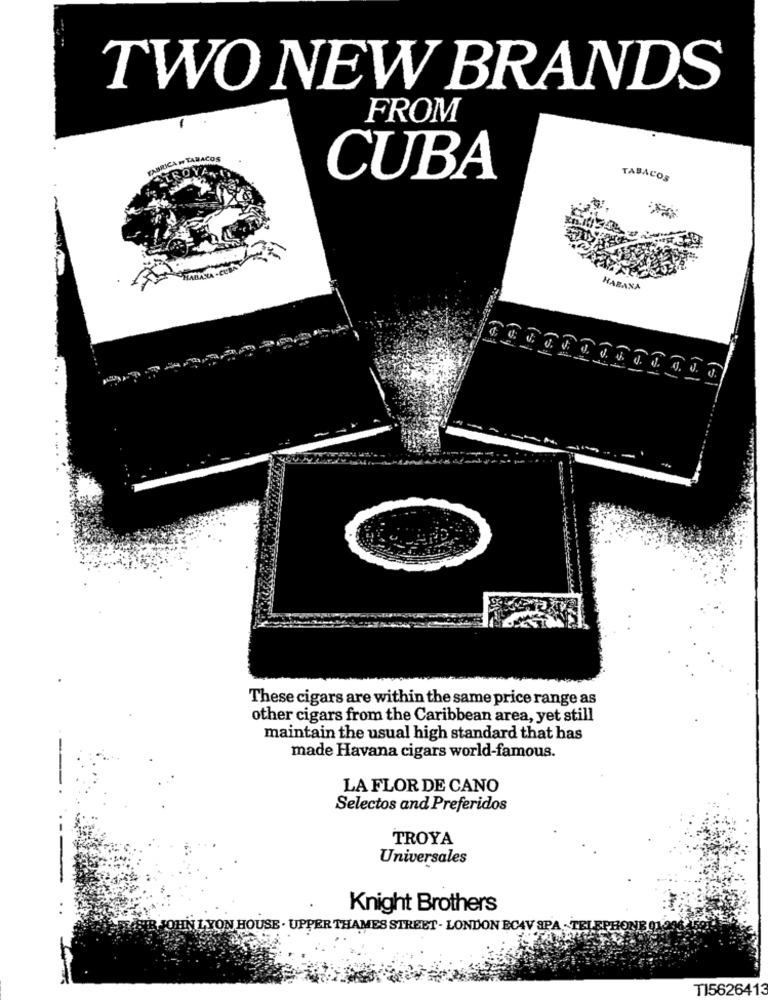
TWO NEW BRANDS
FROM
FABRICA M TABACOS
ROY
CUBA
TABACOS
HABANA -CUB
HABANA
These cigars are within the same price range as
other cigars from the Caribbean area, yet still
maintain the usual high standard that has
made Havana cigars world-famous.
LA FLOR DE CANO
Selectos and Preferidos
TROYA
Universales
Knight Brothers
OHN LYON HOUSE . UPPER THAMES STREET - LONDON ECAV SPA - TEL.
TI5626413